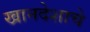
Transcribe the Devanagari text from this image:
खानदेशाचे